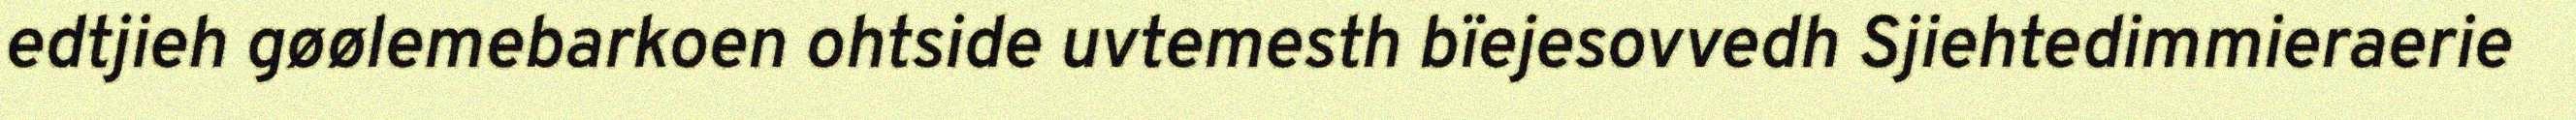
edtjieh gøølemebarkoen ohtside uvtemesth bïejesovvedh Sjiehtedimmieraerie